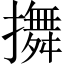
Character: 𢷵